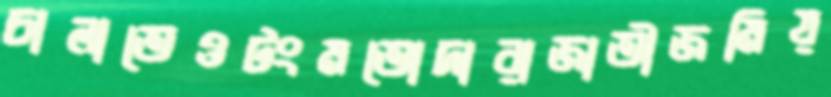
চালাতেওটংমতোদারাজাতীজমিয়